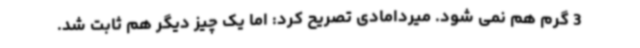
3 گرم هم نمی شود. میردامادی تصریح کرد: اما یک چیز دیگر هم ثابت شد.